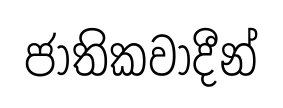
ජාතිකවාදීන්